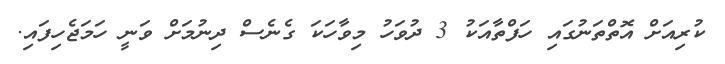
ކުރިއަށް އޮތްތަނުގައި ހަފްތާއަކު 3 ދުވަހު މިވާހަކަ ގެނެސް ދިނުމަށް ވަނީ ހަމަޖެހިފައި.